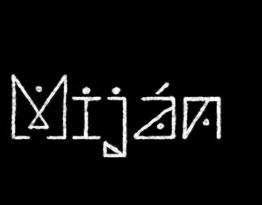
Miján